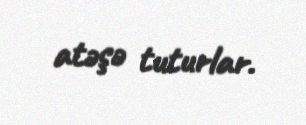
atəşə tuturlar.